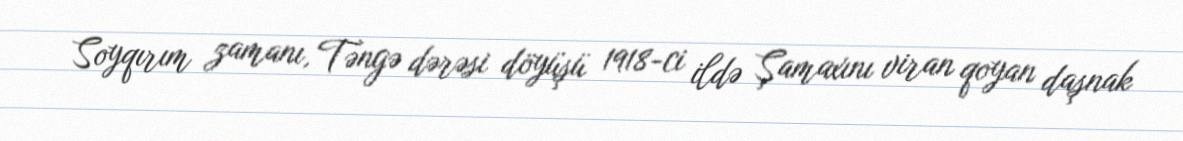
Soyqırım zamanı, Təngə dərəsi döyüşü 1918-ci ildə Şamaxını viran qoyan daşnak